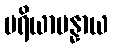
ပရိယာပန္နာယ